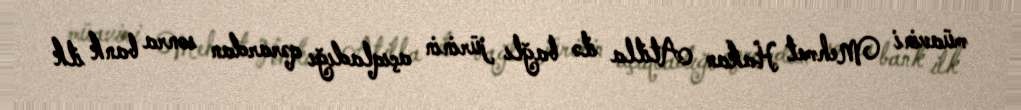
müavini Mehmet Hakan Atilla ilə bağlı jürinin açıqladığı qərardan sonra bank ilk